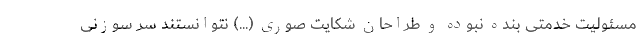
مسئولیت خدمتی بنده نبوده و طراحان شکایت صوری (...) نتوانستند سر سوزنی